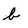
Character: b